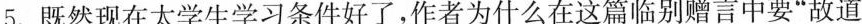
5. 既然现在太学生学习条件好了,作者为什么在这篇临别赠言中要“故道